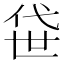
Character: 𫢫